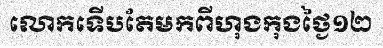
លោកទើបតែមកពីហុងកុងថ្ងៃ១២